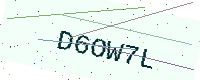
Text: D6OW7L